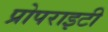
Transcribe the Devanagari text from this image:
प्रोपराइटी